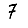
Digit: 7